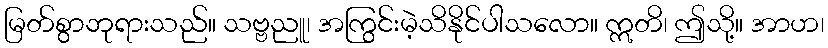
မြတ်စွာဘုရားသည်။ သဗ္ဗညူ၊ အကြွင်းမဲ့သိနိုင်ပါသလော။ ဣတိ၊ ဤသို့။ အာဟ၊